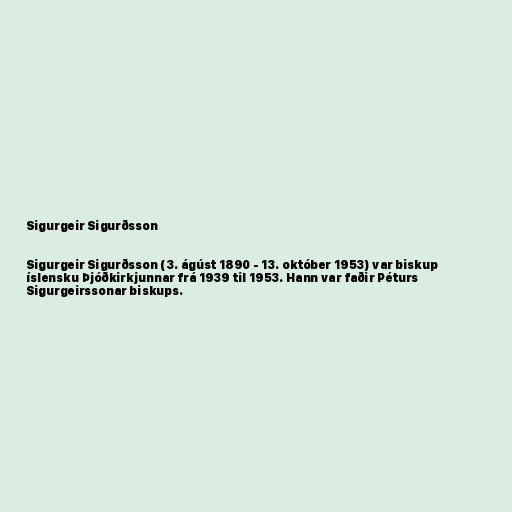
Sigurgeir Sigurðsson

Sigurgeir Sigurðsson (3. ágúst 1890 - 13. október 1953) var biskup
íslensku Þjóðkirkjunnar frá 1939 til 1953. Hann var faðir Péturs
Sigurgeirssonar biskups.